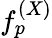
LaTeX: f_{p}^{(X)}